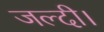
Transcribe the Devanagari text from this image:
जल्दी।